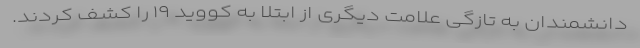
دانشمندان به تازگی علامت دیگری از ابتلا به کووید ۱۹ را کشف کردند.